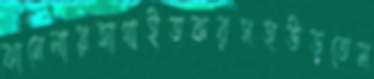
ঝামেলায়জাগাইতকরসহউড়তেম